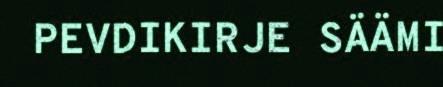
PEVDIKIRJE SÄÄMI